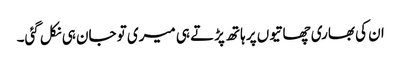
ان کی بھاری چھاتیوں پر ہاتھ پڑتے ہی میری تو جان ہی نکل گئی۔